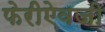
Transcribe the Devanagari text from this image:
फेरीऐवजी